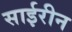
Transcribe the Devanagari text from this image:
साईरीन